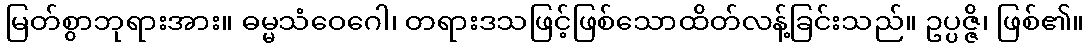
မြတ်စွာဘုရားအား။ ဓမ္မသံဝေဂေါ၊ တရားဒသဖြင့်ဖြစ်သောထိတ်လန့်ခြင်းသည်။ ဥပ္ပဇ္ဇိ၊ ဖြစ်၏။